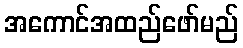
အကောင်အထည်ဖော်မည်